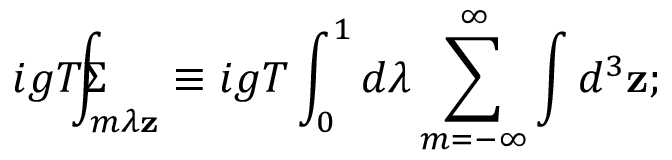
i g T \Sigma \! \! \! \! \! \! \int _ { m \lambda \mathbf { z } } \equiv i g T \int _ { 0 } ^ { 1 } d \lambda \sum _ { m = - \infty } ^ { \infty } \int d ^ { 3 } \mathbf { z ; }